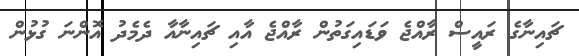
ޗައިނާގެ ރައީސް ރާއްޖެ ވަޑައިގަތުން ރާއްޖެ އާއި ޗައިނާއާ ދެމެދުު އޮންނަ ގުޅުން